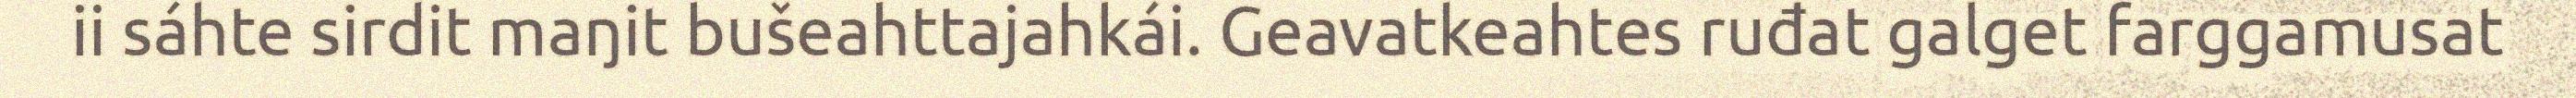
ii sáhte sirdit maŋit bušeahttajahkái. Geavatkeahtes ruđat galget farggamusat